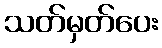
သတ်မှတ်ပေး